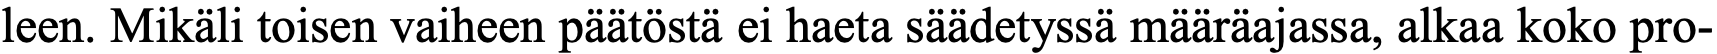
leen. Mikäli toisen vaiheen päätöstä ei haeta säädetyssä määräajassa, alkaa koko pro-